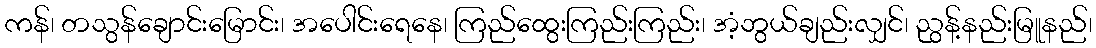
ကန်၊ တသွန်ချောင်းမြောင်း၊ အပေါင်းရေနေ၊ ကြည်ထွေးကြည်းကြည်း၊ အံ့ဘွယ်ချည်းလျှင်၊ ညွန့်နည်းမြူနည်၊